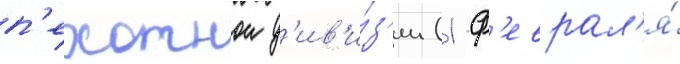
п'ехотнои д'ив'и́з'ии (1 ф'еврал'я́